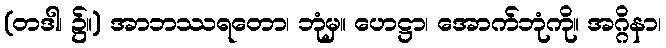
(တဒါ၊ ၌။) အာဘဿရတော၊ ဘုံမှ။ ဟေဋ္ဌာ၊ အောက်ဘုံကို။ အဂ္ဂိနာ၊